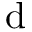
\mathrm { d }